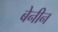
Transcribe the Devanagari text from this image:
बेनीन